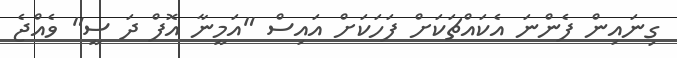
ގިނައިން ފެންނަ އެކައްޗަކަށް ފަހަކަށް އައިސް "އަމީނާ އޮފް ދަ ސީ" ވެއްޖެ